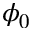
\phi _ { 0 }